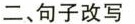
二、句子改写